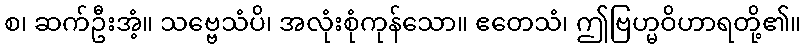
စ၊ ဆက်ဦးအံ့။ သဗ္ဗေသံပိ၊ အလုံးစုံကုန်သော။ ဧတေသံ၊ ဤဗြဟ္မဝိဟာရတို့၏။